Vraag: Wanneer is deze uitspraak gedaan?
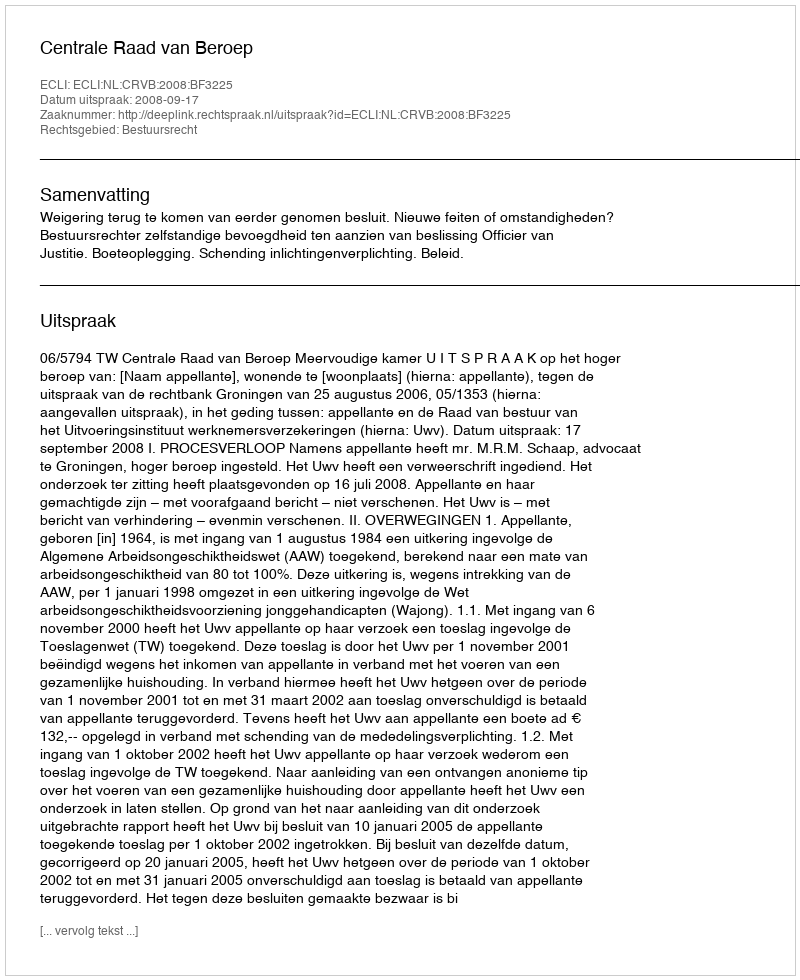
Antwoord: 2008-09-17